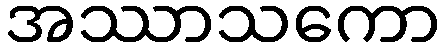
အဿာသကော